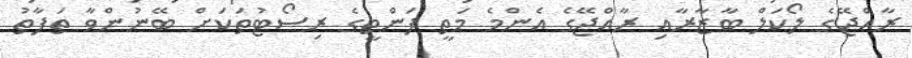
ރާއްޖޭގެ ލޯކަލް ބާޒާރާއި ރާއްޖޭގެ އެންމެ މަތީ ފަންތީގެ ރިސޯޓުތަކަށް ބޭނުންވާ ތަފާތު